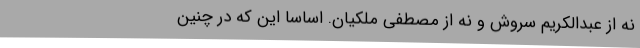
نه از عبدالکریم سروش و نه از مصطفی ملکیان. اساساً این‌ که در چنین